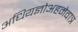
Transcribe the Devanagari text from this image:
अधियज्ञोअहमेवात्र